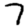
Digit: 7